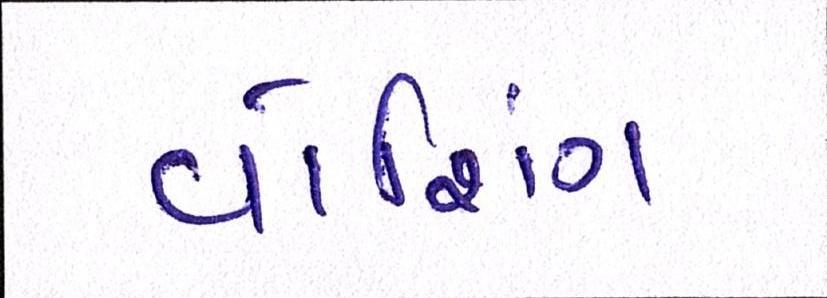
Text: વોશિંગ